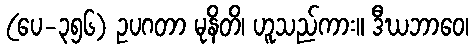
(ပေ-၃၅၆) ဥပဂတာ မုနိတိ၊ ဟူသည်ကား။ ဒီဃဘာဝေ၊